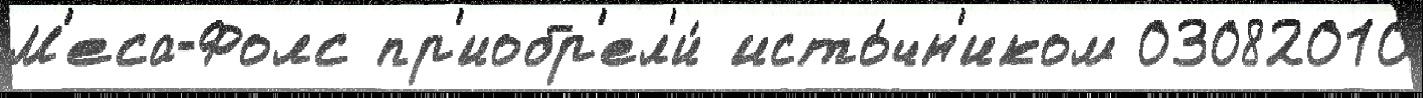
М'еса-Фолс пр'иобр'ел'и́ исто́чн'иком 03082010